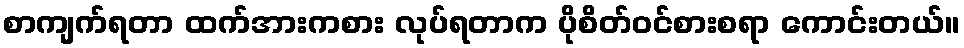
စာကျက်ရတာ ထက်အားကစား လုပ်ရတာက ပိုစိတ်ဝင်စားစရာ ကောင်းတယ်။